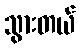
သွားတယ်